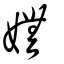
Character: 嫵